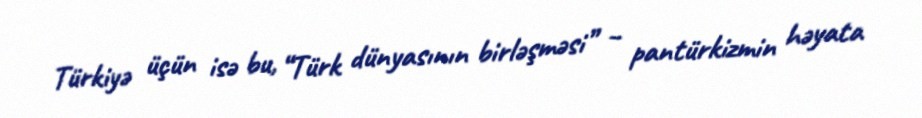
Türkiyə üçün isə bu, “Türk dünyasının birləşməsi” – pantürkizmin həyata